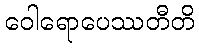
ဝေါရောပေဿတီတိ